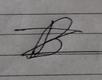
Signature authenticity: forged